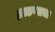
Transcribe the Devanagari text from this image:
झाडण्याचा